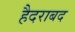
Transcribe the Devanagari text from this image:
हैदराबद